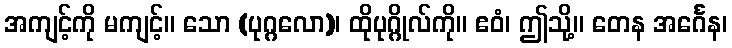
အကျင့်ကို မကျင့်။ သော (ပုဂ္ဂလော)၊ ထိုပုဂ္ဂိုလ်ကို။ ဧဝံ၊ ဤသို့။ တေန အင်္ဂေန၊